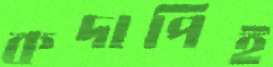
কদাপিই